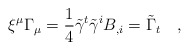
\begin{align*}\xi^\mu \Gamma_\mu=\frac 14 \tilde{\gamma}^t \tilde{\gamma}^i B_{,i}=\tilde{\Gamma}_t~~~,\end{align*}